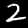
Label: 2